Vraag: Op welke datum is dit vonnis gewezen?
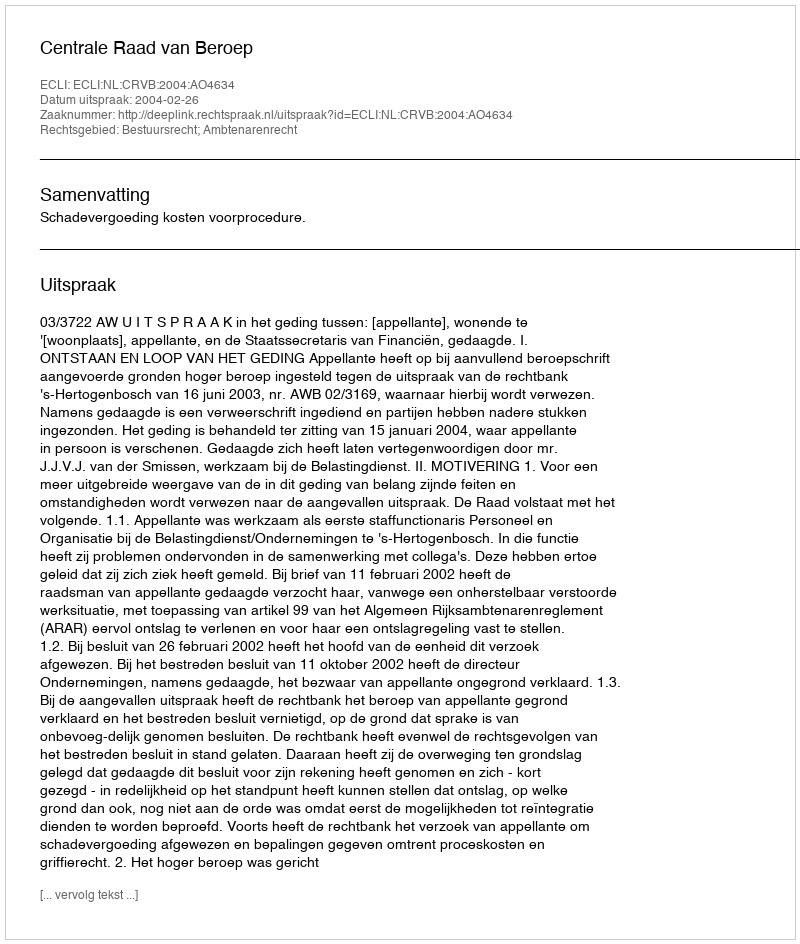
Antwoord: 2004-02-26